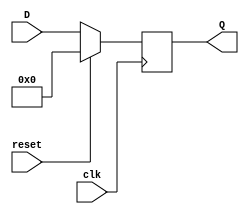
/* Synchronous Resettable D-FlipFlop
 * 
*/ 

module ffr #(parameter WIDTH=32)(
        input [WIDTH-1:0] D,
        input clk,
        input reset,
        output reg [WIDTH-1:0] Q    );
        
        always @ (posedge clk)
        begin
            if(reset)
                Q <= 32'b0;
            else
                Q <= D;
        end
endmodule